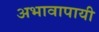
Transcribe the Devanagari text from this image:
अभावापायी